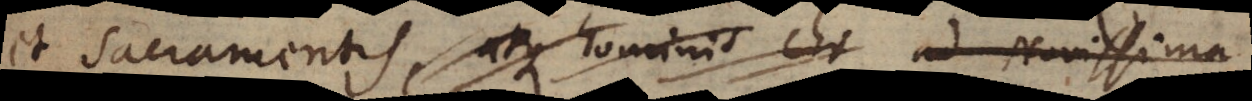
et Sacramentis, atque hominis chr ad Novissima